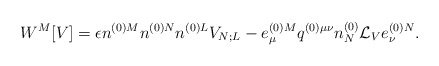
\begin{align*}W^M[V] = \epsilon n^{(0)M}n^{(0)N}n^{(0)L}V_{N;L}- e^{(0)M}_{\mu}q^{(0)\mu\nu}n^{(0)}_N{\cal L}_V e^{(0)N}_{\nu}.\end{align*}